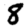
Digit: 8